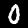
Digit: 0